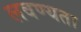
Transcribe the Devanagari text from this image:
लवण्यता